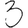
Digit: 3